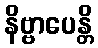
နိဗ္ဗာပေန္တိ